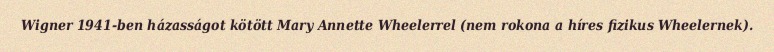
Wigner 1941-ben házasságot kötött Mary Annette Wheelerrel (nem rokona a híres fizikus Wheelernek).